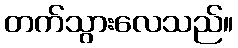
တက်သွားလေသည်။